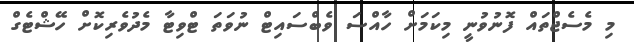
މި މެސެޖްތައް ފޮނުވުނީ މިކަމަށް ހާއްސަ ވެބްސައިޓް ނުވަތަ ޓްވިޓާ މެދުވެރިކޮށް ހޭޝްޓެގް